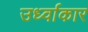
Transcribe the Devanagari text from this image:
उर्ध्वाकार